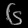
Digit: ၆